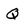
Character: Q